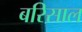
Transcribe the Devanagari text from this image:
बरिसाल